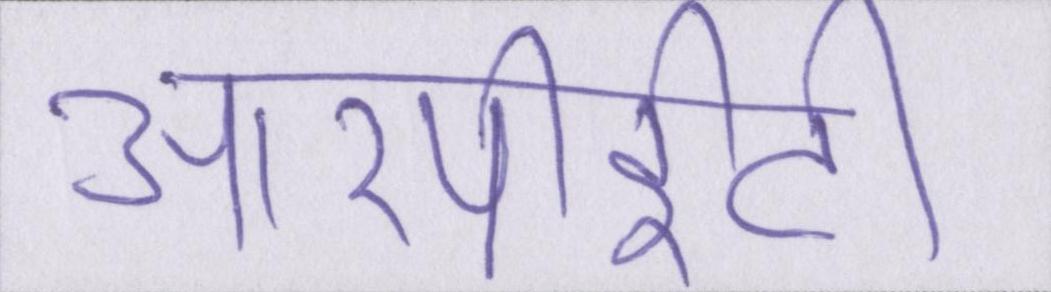
आरपीईटी